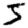
Digit: 5